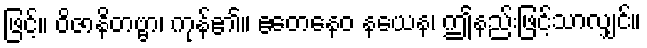
ဖြင့်။ ဝိဇာနိတဗ္ဗာ၊ ကုန်၏။ ဧတေနေဝ နယေန၊ ဤနည်းဖြင့်သာလျှင်။